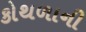
કોથળાની